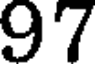
97